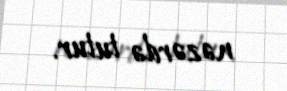
nəzərdə tutur.